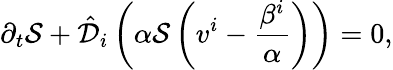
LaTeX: \partial_{t}\mathcal{S}+\hat{\mathcal{D}}_{i}\left(\alpha\mathcal{S}\left(v^{i}-\frac{\beta^{i}}{\alpha}\right)\right)=0,